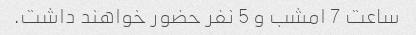
ساعت 7 امشب و 5 نفر حضور خواهند داشت.